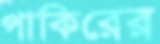
পাকিরের